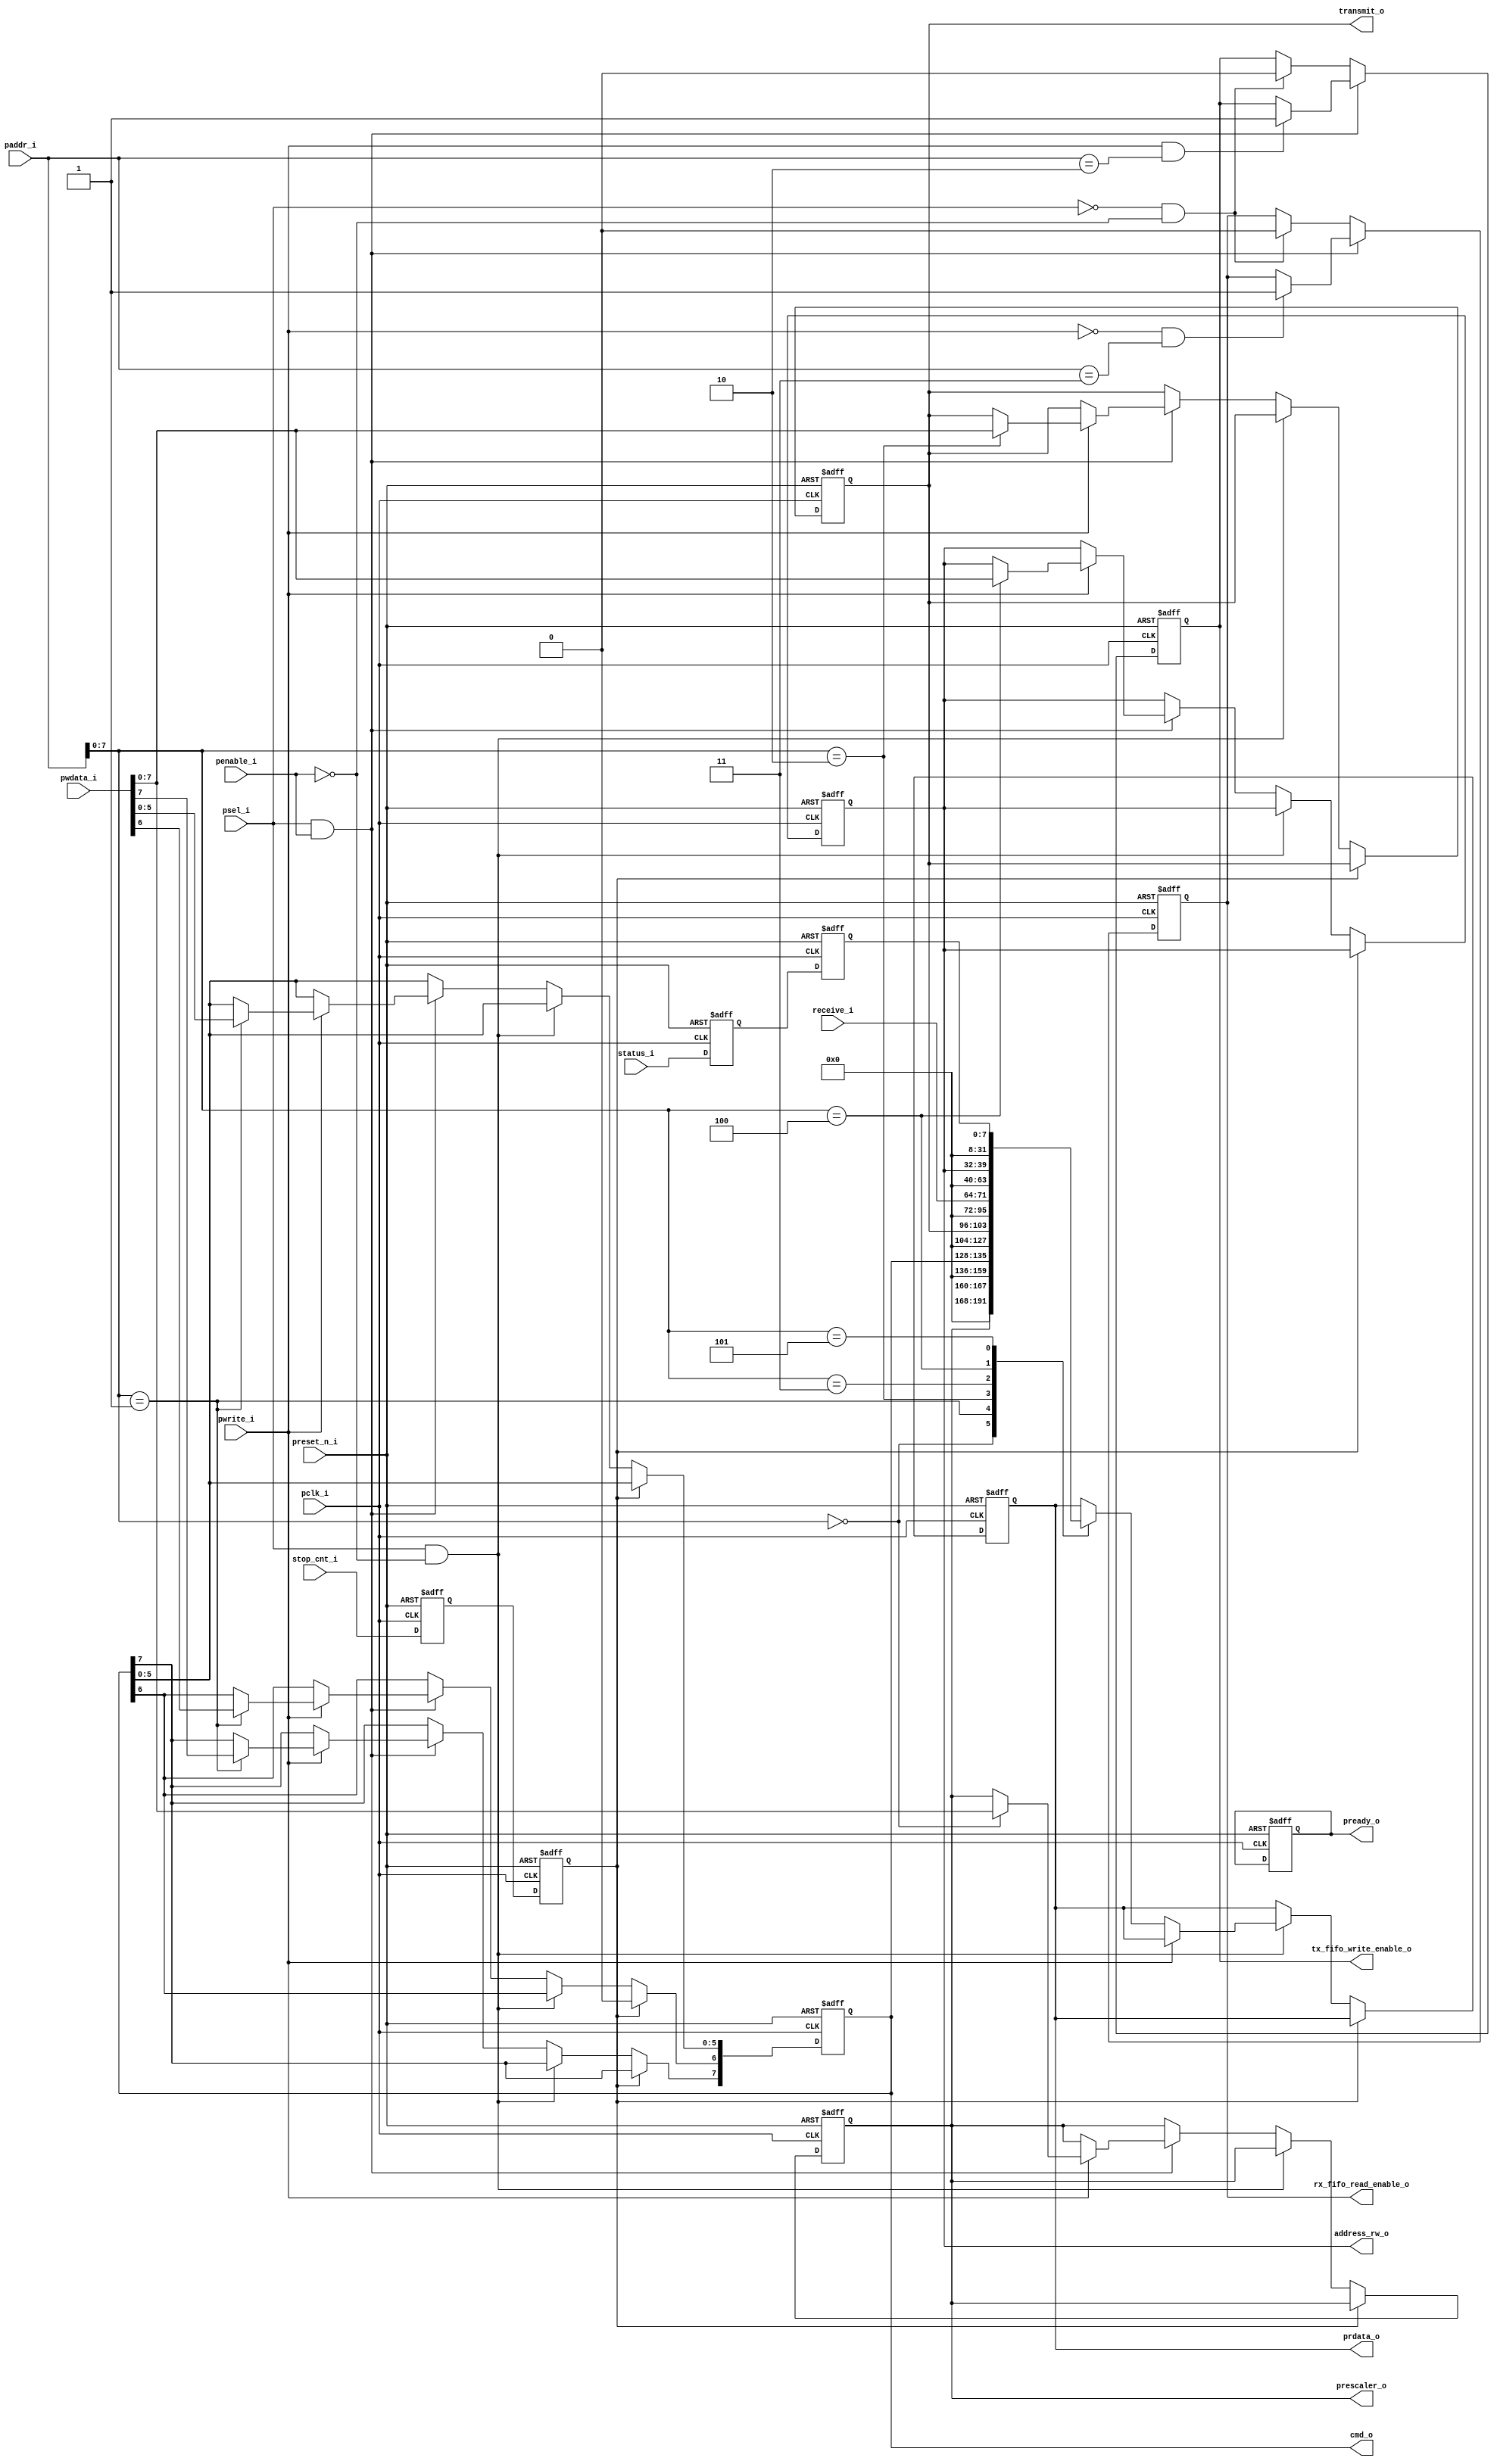
module i2c_register_block(
    //-------------------------------slave apb - master apb------------------------------
    input                  pclk_i                                                       , //clock 
    input                  preset_n_i                                                   , //reset signal
    input                  penable_i                                                    , //enable signal from master to slave
    input                  psel_i                                                       , //select signal from master to slave
    input     [31:0]       paddr_i                                                      , //address master send to slave
    input     [31:0]       pwdata_i                                                     , //data master send to slave
    input                  pwrite_i                                                     , //read/write signal from master
         
    output reg[31:0]       prdata_o                                                     , //data slave send to master
    output reg             pready_o                                                     , //ready signal slave send to master

    //-------------------------------register block - i2c core---------------------------
    input                  stop_cnt_i                                                   ,
    input      [7:0]       receive_i                                                    , //receive data input from receive fifo
    input      [7:0]       status_i                                                     , //status input from i2c core, written by i2c core
    output     [7:0]       prescaler_o                                                  , //output of prescaler register
    output     [7:0]       cmd_o                                                        , //output of cmd register
    output     [7:0]       address_rw_o                                                 , //output of address_rw register
    output     [7:0]       transmit_o                                                   , //output of transmit register for transmit fifo   
    output reg             tx_fifo_write_enable_o                                       ,    
    output reg             rx_fifo_read_enable_o                                        
);
    //internal register
    reg [7:0] prescaler                                                                 ; //0x00
    reg [7:0] cmd                                                                       ; //0x01
    reg [7:0] transmit                                                                  ; //0x02
    reg [7:0] address_rw                                                                ; //0x04

    reg       stop_cnt_syn_tem                                                          ;
    reg       stop_cnt_syn_reg                                                          ;  
    
    reg [7:0] status_reg_syn                                                            ;
    reg [7:0] status_reg_syn_tem                                                        ;

    assign prescaler_o = prescaler                                                      ; //update output of register internal
    assign cmd_o = cmd                                                                  ;
    assign address_rw_o = address_rw                                                    ;
    assign transmit_o = transmit                                                        ;


    //synchonize signal from FSM (i2c_core_clock domain) to REG_BLOCK (pclk domain)
    always @(posedge pclk_i, negedge preset_n_i) begin
        if (~preset_n_i) 
            {stop_cnt_syn_reg, stop_cnt_syn_tem} <= 0                                   ;
        else
            {stop_cnt_syn_reg, stop_cnt_syn_tem} <= {stop_cnt_syn_tem, stop_cnt_i}      ;
    end

    always @(posedge pclk_i, negedge preset_n_i) begin
        if (~preset_n_i) 
            {status_reg_syn, status_reg_syn_tem} <= 0                                   ;
        else
            {status_reg_syn, status_reg_syn_tem} <= {status_reg_syn_tem, status_i}      ;
    end

    //----------------------------------------------------------------------------------

    always @(posedge pclk_i, negedge preset_n_i) 
    begin
        if (~preset_n_i)
            begin
                //reset internal register
                prescaler <= 8'h04                                                      ;
                cmd <= 8'h04                                                            ;
                transmit <= 0                                                           ;
                address_rw <= 0                                                         ;
                //reset output apb interface
                prdata_o <= 0                                                           ;
                pready_o <= 1                                                           ;
            end
        else
            if (stop_cnt_syn_reg == 1)
                cmd[6] <= 0                                                             ; //disable enable bit when i2c core is stop condition
            else
                begin
                    if (psel_i == 1 && penable_i == 0)
                    begin
                        if (pwrite_i == 0)
                                begin
                                    case (paddr_i[7:0])
                                        8'h00:                                          //read from prescaler register
                                            prdata_o <= {24'b0, prescaler}                       ;
                                        8'h01:                                          //read from cmd register
                                            prdata_o <= {24'b0, cmd}                             ;
                                        8'h02:                                          //read from transmit register
                                            prdata_o <= {24'b0, transmit}                        ;
                                        8'h03:                                          //read from receive register
                                            prdata_o <= {24'b0, receive_i}                       ;
                                        8'h04:                                          //read from address register
                                            prdata_o <= {24'b0, address_rw}                      ;
                                        8'h05:                                          //read from status register
                                            prdata_o <= {24'b0, status_reg_syn}                  ;
                                    endcase
                                end
                    end
                else if (psel_i == 1 && penable_i == 1)
                    begin
                        if (pwrite_i == 1)
                            case (paddr_i[7:0])
                                8'h00:                                                  //write to prescaler register                                 
                                    prescaler <= pwdata_i[7:0]                          ;
                                8'h01:                                                  //write to cmd register                                                 
                                    cmd <= pwdata_i[7:0]                                ;                                
                                8'h02:                                                  //write to transmit register
                                    transmit <= pwdata_i[7:0]                           ;
                                //8'h03:                                                receive register is read only for cpu                                                 
                            
                                8'h04:                                                  //write to address register                                                         
                                    address_rw <= pwdata_i[7:0]                         ;
                                //8'h05:                                                //status register is read only for cpu                       
                            endcase
                        
                    end
                end
    end
    
    always @(posedge pclk_i, negedge preset_n_i) 
    begin
        if (~preset_n_i)
            begin
                tx_fifo_write_enable_o <= 0                                             ;
                rx_fifo_read_enable_o <= 0                                              ;
            end
        else
            begin
                if (psel_i == 1 && penable_i == 1)
                    begin
                        if (pwrite_i == 1 && paddr_i == 8'h02)
                            tx_fifo_write_enable_o <= 1                                 ;
                        if (pwrite_i == 0 && paddr_i == 8'h03)
                            rx_fifo_read_enable_o  <= 1                                 ;
                    end
                else if (psel_i == 0 && penable_i == 0)
                    begin
                        rx_fifo_read_enable_o <= 0                                      ;
                        tx_fifo_write_enable_o <= 0                                     ;
                    end
            end
    end
endmodule